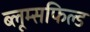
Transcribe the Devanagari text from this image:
ब्लूम्सफिल्ड